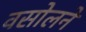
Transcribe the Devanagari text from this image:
वसोलने